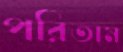
পরিতাম